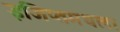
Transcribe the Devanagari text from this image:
इजिप्तमधला